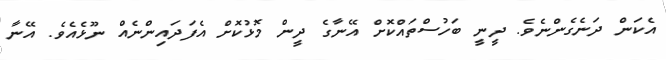
އެކަން ދަނެގެންނެވެ. ދީނީ ބަހުސްތައްކޮށް އޭނާގެ ދީން މޮޅުކޮށް އެފަދައިންނެއް ނޫޅެއެވެ. އޭނާ